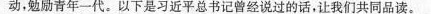
动，勉励青年一代。以下是习近平总书记曾经说过的话，让我们共同品读。